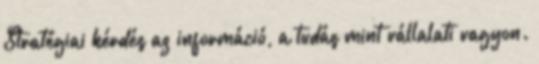
Stratégiai kérdés az információ, a tudás mint vállalati vagyon.